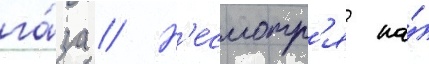
га́за // Н'есмотр'я на́